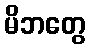
မိဘတွေ